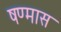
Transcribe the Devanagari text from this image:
षण्मास